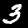
Digit: 3